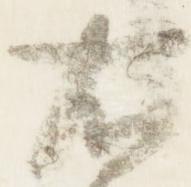
右